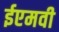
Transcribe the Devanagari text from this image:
ईएमवी